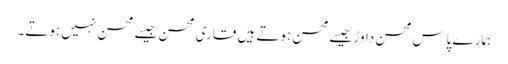
ہمارے پاس محسن داوڑ جیسے محسن ہوتے ہیں قاری محسن جیسے محسن نہیں ہوتے۔